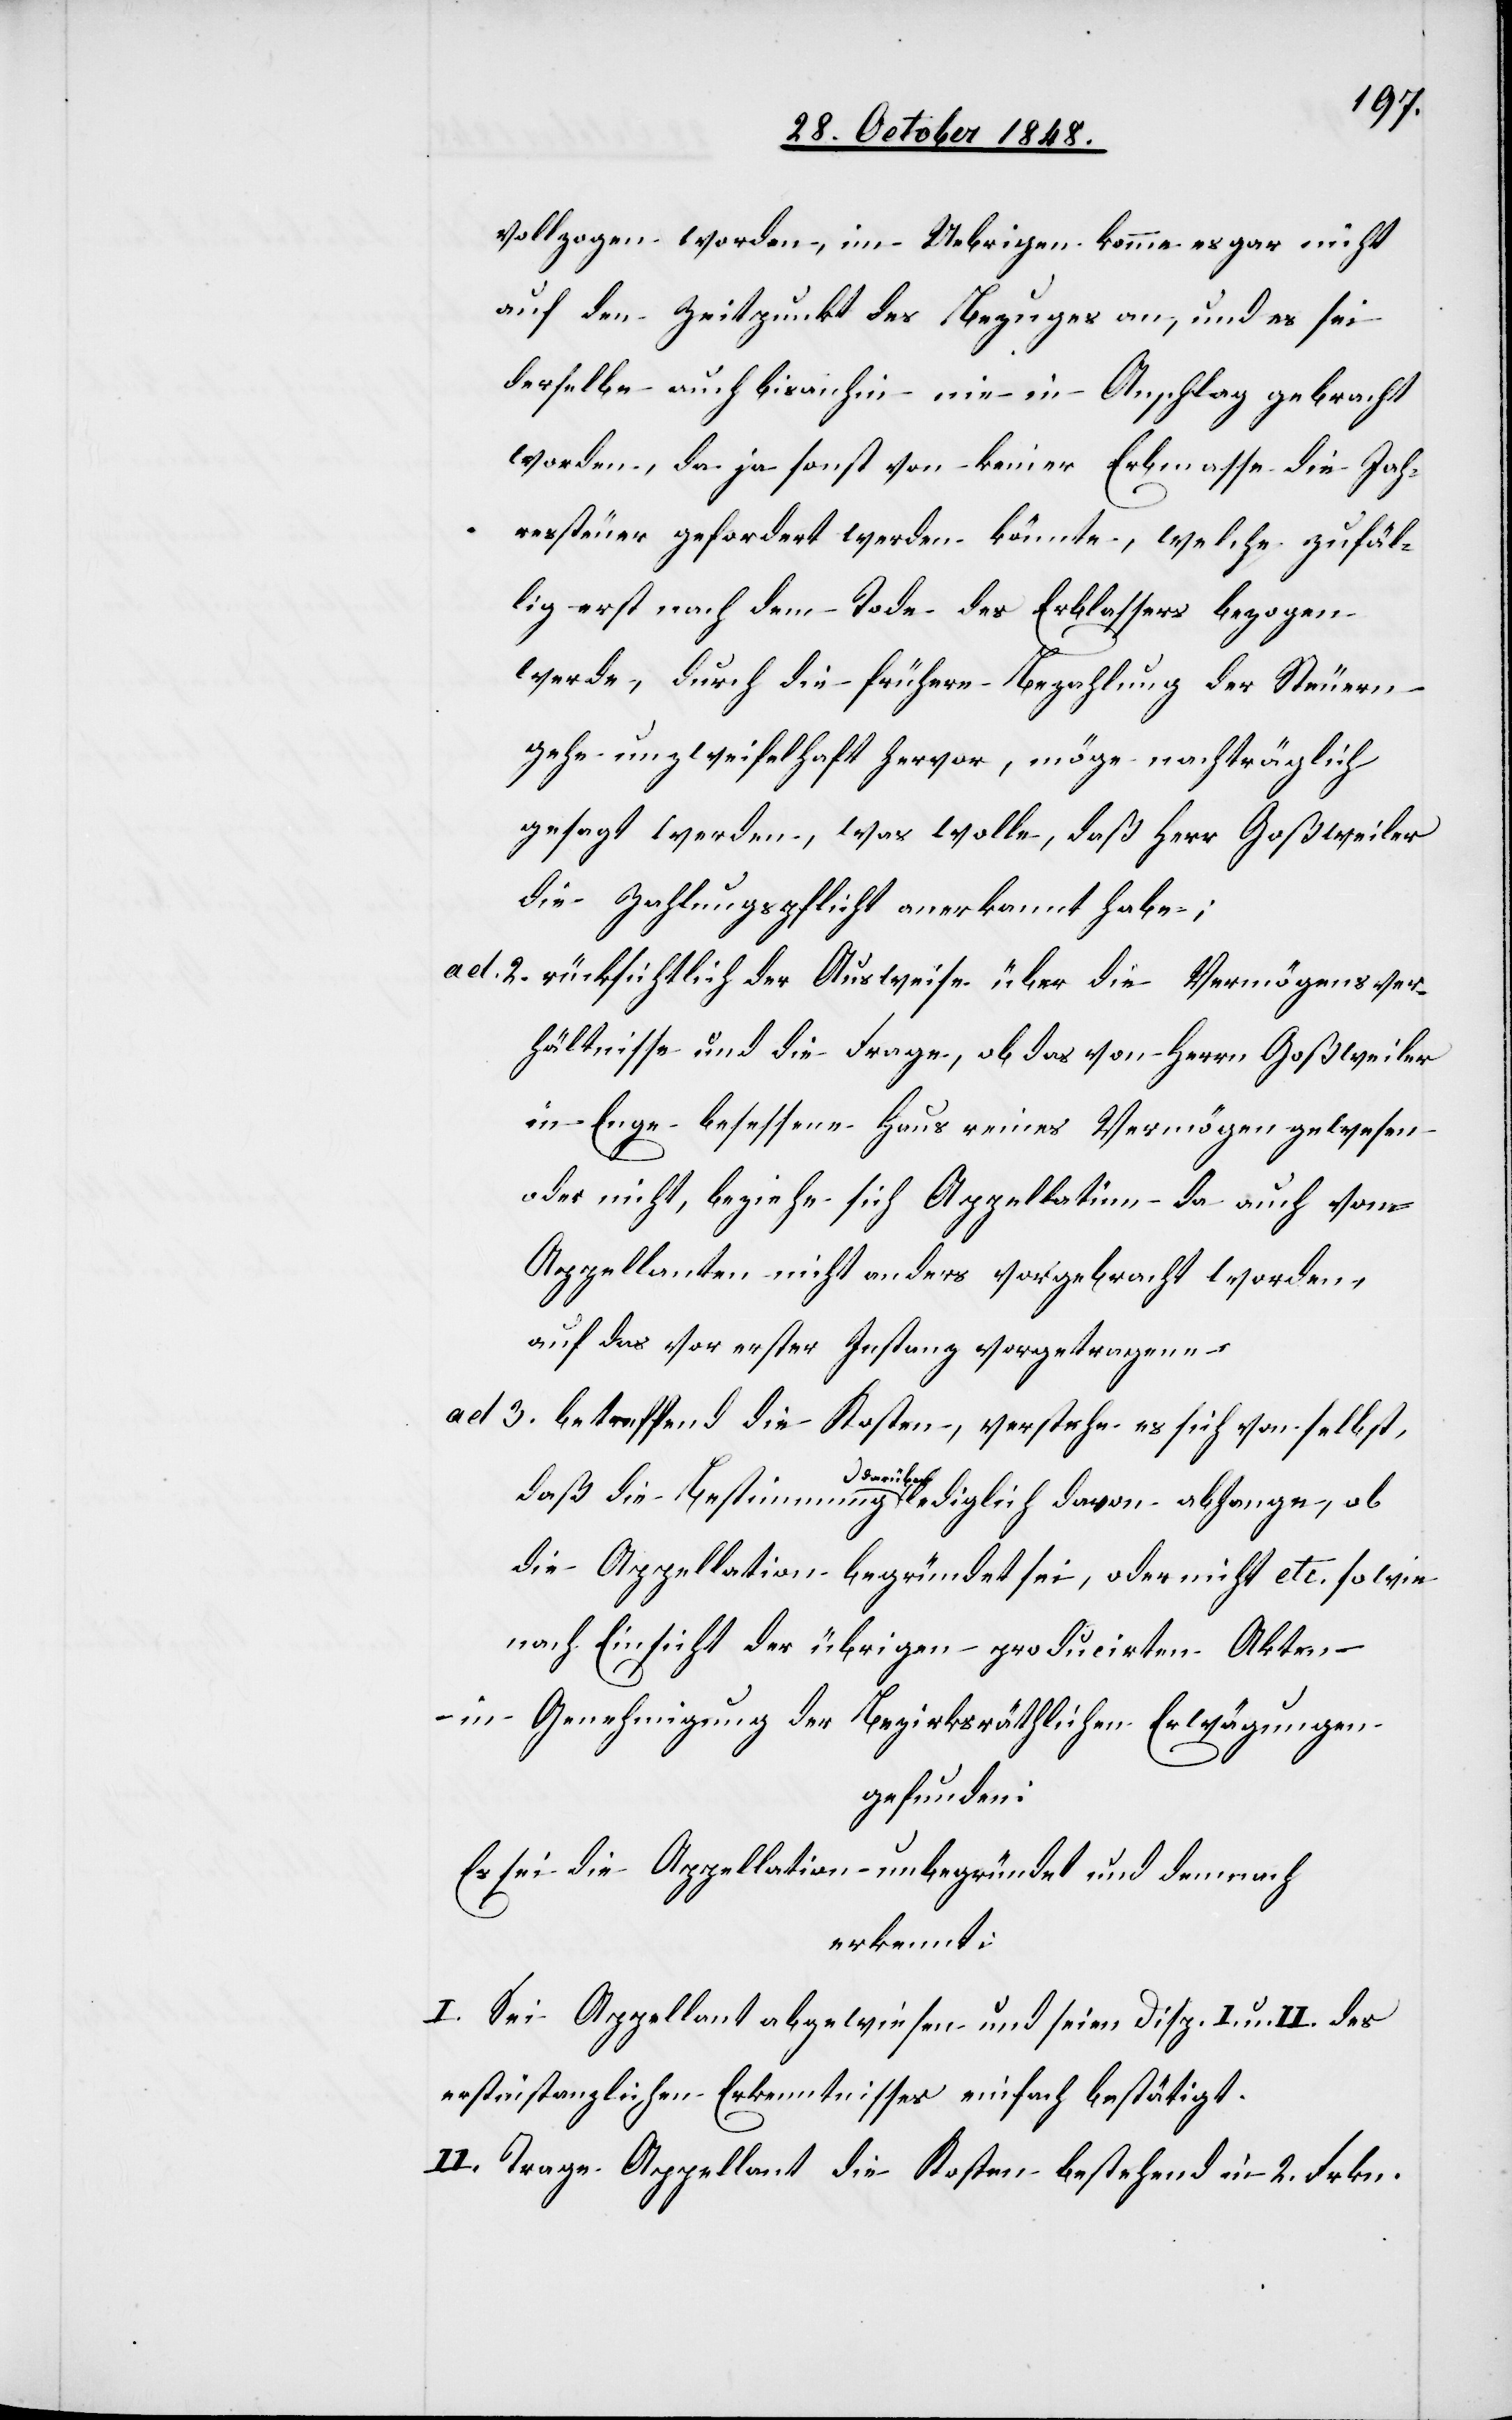
vollzogen worden, im Uebrigen komme es gar nicht
auf den Zeitpunkt des Bezuges an, und es sei
derselbe auch bisanhin nie in Anschlag gebracht
worden, da ja sonst von keiner Erbmasse die Jah¬
ressteuer gefordert werden könnte, welche zufäl¬
lig erst nach dem Tode des Erblassers bezogen
werde, durch die frühere Bezahlung der Steuern
gehe unzweifelhaft hervor, möge nachträglich
gesagt werden, was wolle, daß Herr Goßweiler
die Zahlungspflicht anerkannt habe;
ad. 2. rücksichtlich der Ausweise über die Vermögensver¬
hältnisse und die Frage, ob das von Herrn Goßweiler
in Enge besessene Haus reines Vermögen gewesen
oder nicht, beziehe sich Appellatinn – da auch vom
Appellanten nicht[s] anders vorgebracht worden,
auf das vor erster Instanz vorgetragene.
ad 3. betreffend die Kosten, verstehe es sich von selbst,
daß die Bestimmung darüber lediglich davon abhange, ob
die Appellation begründet sei, oder nicht etc. sowie
nach Einsicht der übrigen producirten Akten
– in Genehmigung der Bezirksräthlichen Erwägungen
gefunden:
Es sei die Appellation unbegründet und demnach
erkennt:
I. Sei Appellant abgewiesen und seien Disp. I. und II. des
erstinstanzlichen Erkenntnisses einfach bestätigt.
II. Trage Appellant die Kosten bestehend in 2. Frkn.